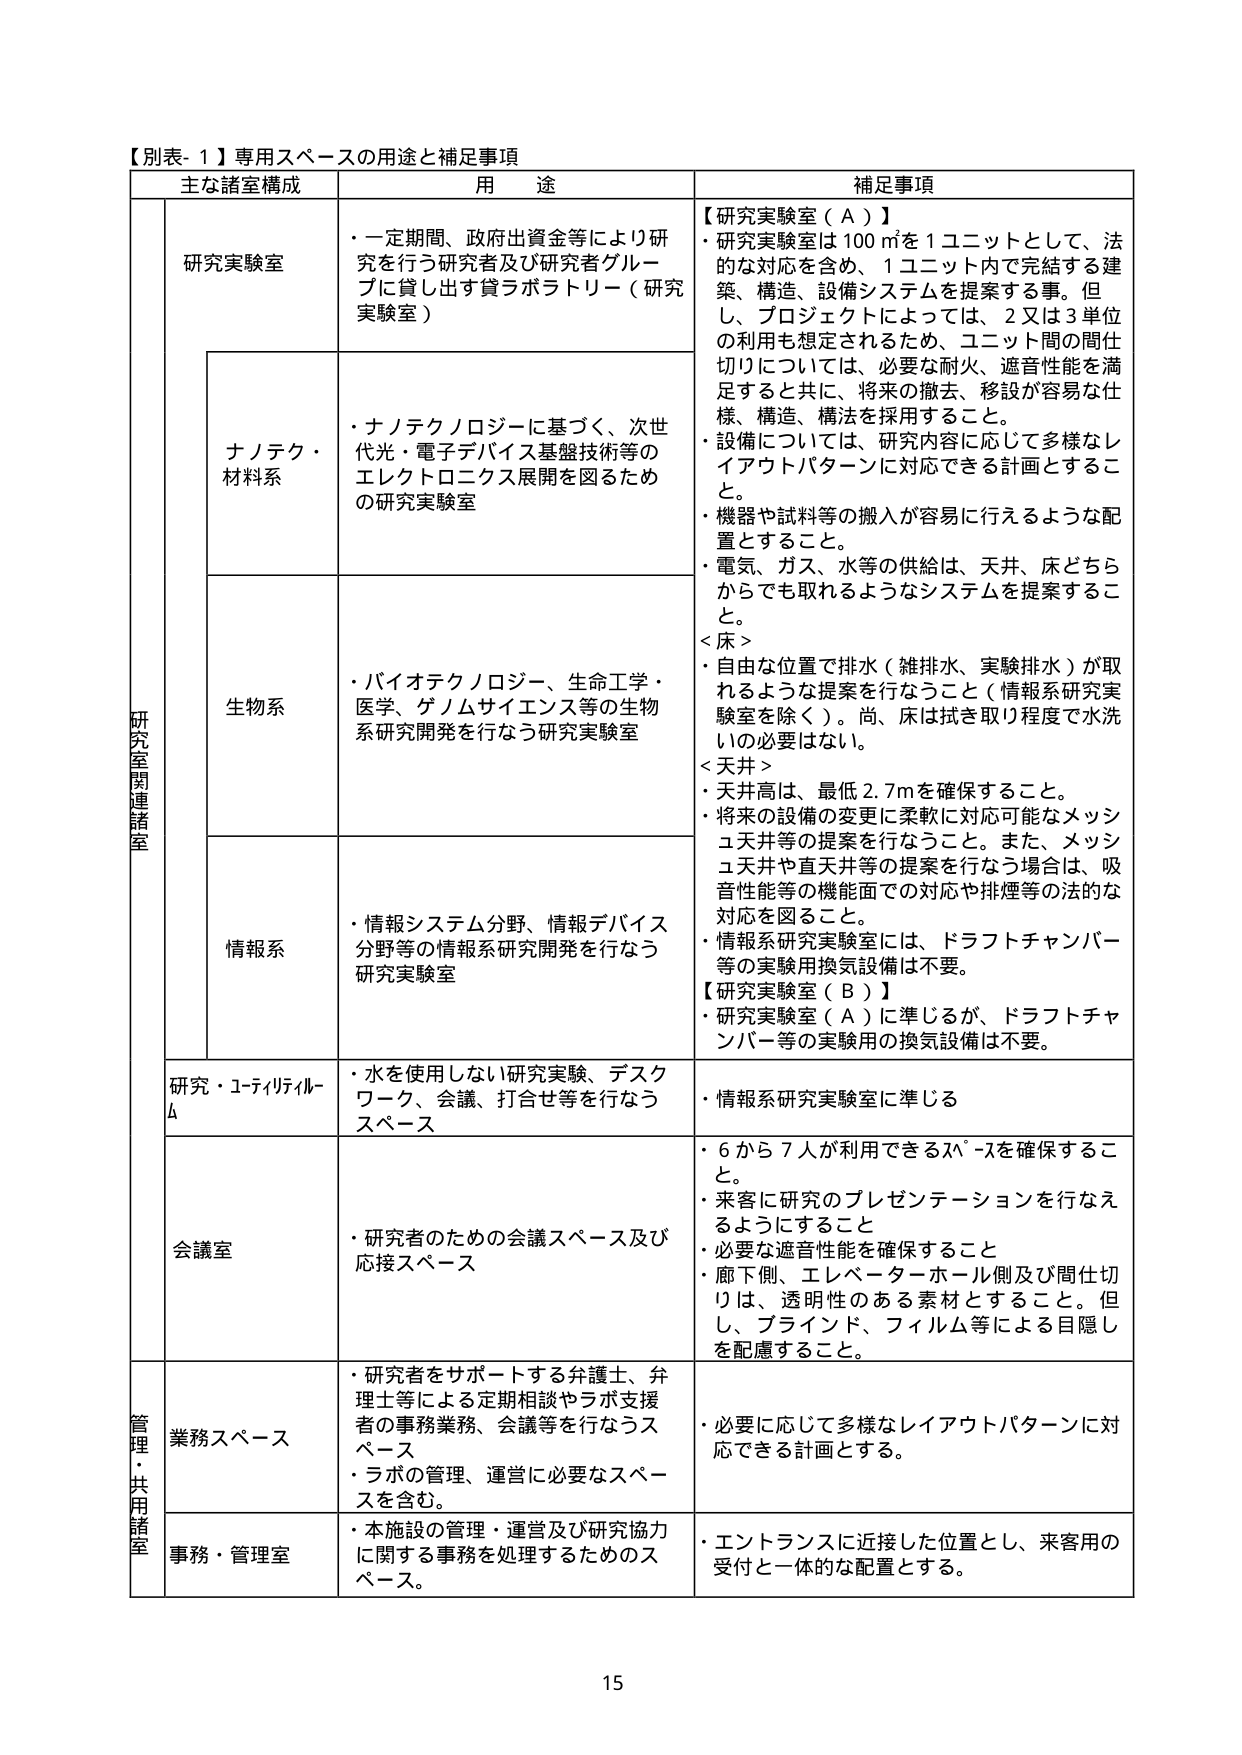
【別表-１】専用スペースの用途と補足事項

主な諸室構成　　　　　　　　用　途　　　　　　　　　　　　　　　　補足事項

研究室関連諸室

　研究実験室
　　・一定期間、政府出資金等により研究を行う研究者及び研究者グループに貸し出す貸ラボラトリー（研究実験室）

　　ナノテク・材料系
　　・ナノテクノロジーに基づく、次世代光・電子デバイス基盤技術等のエレクトロニクス展開を図るための研究実験室

　　生物系
　　・バイオテクノロジー、生命工学・医学、ゲノムサイエンス等の生物系研究開発を行なう研究実験室

　　情報系
　　・情報システム分野、情報デバイス分野等の情報系研究開発を行なう研究実験室

　　研究・ユーティリティルーム
　　・水を使用しない研究実験、デスクワーク、会議、打合せ等を行なうスペース

　　会議室
　　・研究者のための会議スペース及び応接スペース

管理・共用諸室

　業務スペース
　　・研究者をサポートする弁護士、弁理士等による定期相談やラボ支援者の事務業務、会議等を行なうスペース
　　・ラボの管理、運営に必要なスペースを含む。

　事務・管理室
　　・本施設の管理・運営及び研究協力に関する事務を処理するためのスペース。

【研究実験室（Ａ）】
　・研究実験室は100㎡を1ユニットとして、法的な対応を含め、1ユニット内で完結する建築、構造、設備システムを提案する事。但し、プロジェクトによっては、2又は3単位の利用も想定されるため、ユニット間の間仕切りについては、必要な耐火、遮音性能を満足すると共に、将来の撤去、移設が容易な仕様、構造、構法を採用すること。
　・設備については、研究内容に応じて多様なレイアウトパターンに対応できる計画とすること。
　・機器や試料等の搬入が容易に行えるような配置とすること。
　・電気、ガス、水等の供給は、天井、床どちらからでも取れるようなシステムを提案すること。
　＜床＞
　・自由な位置で排水（雑排水、実験排水）が取れるような提案を行なうこと（情報系研究実験室を除く）。尚、床は拭き取り程度で水洗いの必要はない。
　＜天井＞
　・天井高は、最低2.7mを確保すること。
　・将来の設備の変更に柔軟に対応可能なメッシュ天井等の提案を行なうこと。また、メッシュ天井や直天井等の提案を行なう場合は、吸音性能等の機能面での対応や排煙等の法的な対応を図ること。
　・情報系研究実験室には、ドラフトチャンバー等の実験用換気設備は不要。

【研究実験室（Ｂ）】
　・研究実験室（Ａ）に準じるが、ドラフトチャンバー等の実験用の換気設備は不要。

　・情報系研究実験室に準じる

　・6から7人が利用できるスペースを確保すること。
　・来客に研究のプレゼンテーションを行なえるようにすること
　・必要な遮音性能を確保すること
　・廊下側、エレベーターホール側及び間仕切りは、透明性のある素材とすること。但し、ブラインド、フィルム等による目隠しを配慮すること。

　・必要に応じて多様なレイアウトパターンに対応できる計画とする。

　・エントランスに近接した位置とし、来客用の受付と一体的な配置とする。

15